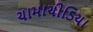
ચામાચીડિયા